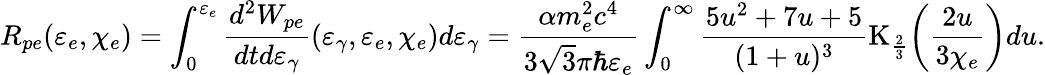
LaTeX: R_{pe}(\varepsilon_{e},\chi_{e})=\int_{0}^{\varepsilon_{e}}{\frac{d^{2}W_{pe}}{dtd\varepsilon_{\gamma}}(\varepsilon_{\gamma},\varepsilon_{e},\chi_{e})d\varepsilon_{\gamma}}=\frac{\alpha m_{e}^{2}c^{4}}{3\sqrt{3}\pi\hbar\varepsilon_{e}}\int_{0}^{\infty}{\frac{5u^{2}+7u+5}{(1+u)^{3}}\mathrm{K}_{\frac{2}{3}}\biggl(\frac{2u}{3\chi_{e}}\biggr)du}.